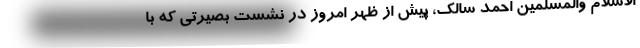
الاسلام والمسلمین احمد سالک، پیش از ظهر امروز در نشست بصیرتی که با